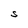
Character: S